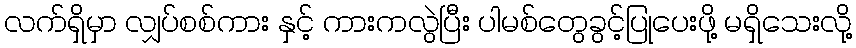
လက်ရှိမှာ လျှပ်စစ်ကား နှင့် ကားကလွဲပြီး ပါမစ်တွေခွင့်ပြုပေးဖို့ မရှိသေးလို့